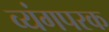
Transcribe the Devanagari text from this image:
व्यंगपरक